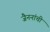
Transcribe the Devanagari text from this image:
जैननांची